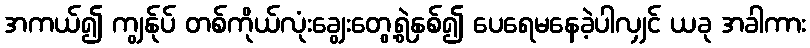
အကယ်၍ ကျွန်ုပ် တစ်ကိုယ်လုံးချွေးတွေ့ရွဲနှစ်၍ ပေရေမနေခဲ့ပါလျှင် ယခု အခါကား